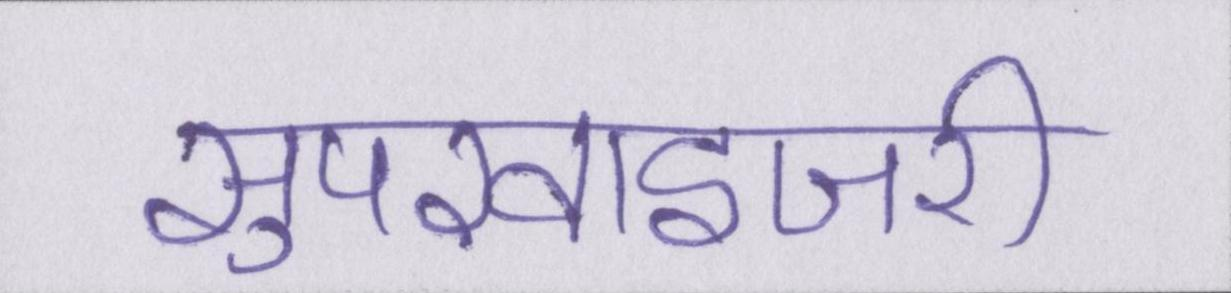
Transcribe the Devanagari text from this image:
सुपरवाइजरी